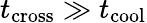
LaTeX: t_{\mathrm{cross}}\gg t_{\mathrm{cool}}